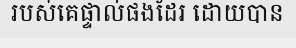
របស់គេផ្ទាល់ផងដែរ ដោយបាន